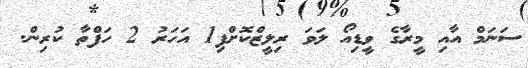
ސަނަމް އާއި މީރާގެ ވީޑިއޯ ލަވަ ރިލީޒްކޮށްފި1 އަހަރު 2 ހަފްތާ ކުރިން.